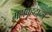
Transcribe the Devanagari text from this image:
महाबृहदान्त्र